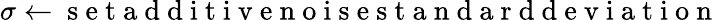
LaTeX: \sigma\gets\mathrm{~s~e~t~a~d~d~i~t~i~v~e~n~o~i~s~e~s~t~a~n~d~a~r~d~d~e~v~i~a~t~i~o~n~}